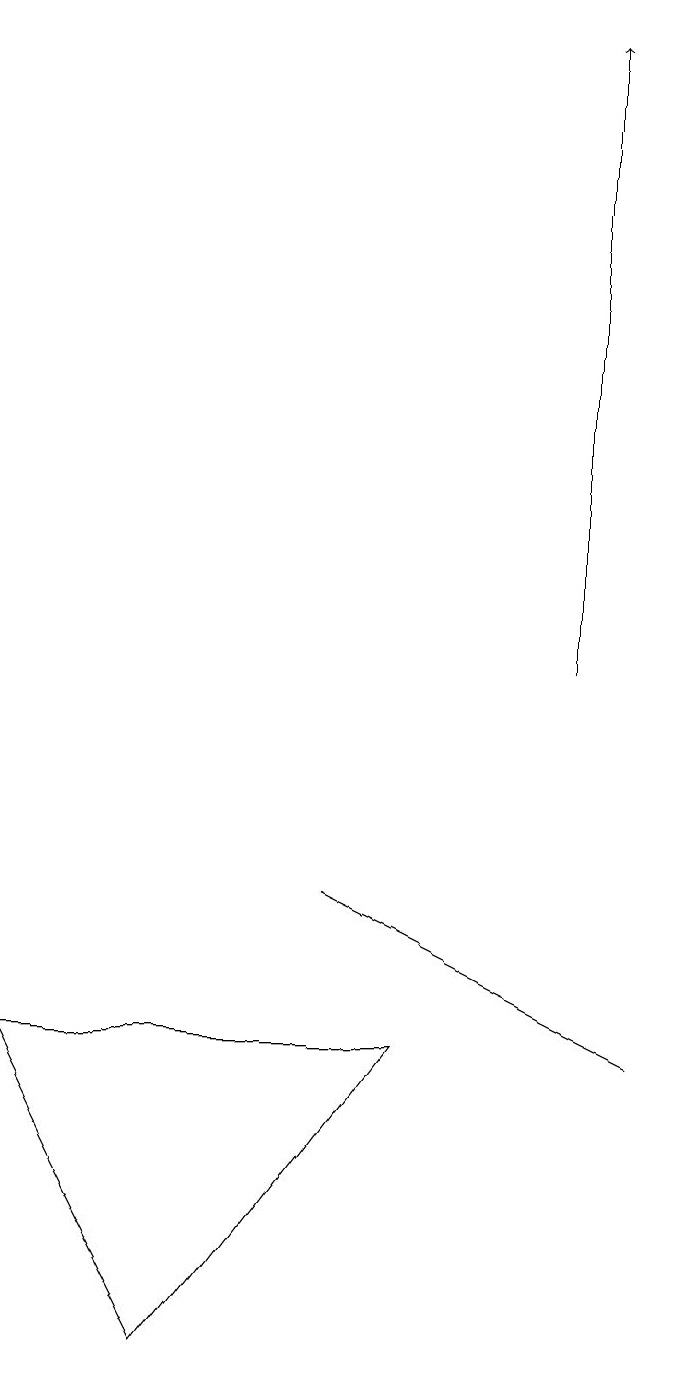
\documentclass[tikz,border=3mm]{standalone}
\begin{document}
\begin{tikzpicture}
\draw (0,5) -- (5,5) -- (2,1) -- cycle;
\draw[->] (7,10) -- (7,18);
\draw (6,6) -- (4,7) -- (8,5) -- cycle;
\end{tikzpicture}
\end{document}